Indian journal of veterinary science and animal husbandry - Volumes 26-27, 1956-1957
Year: 1956
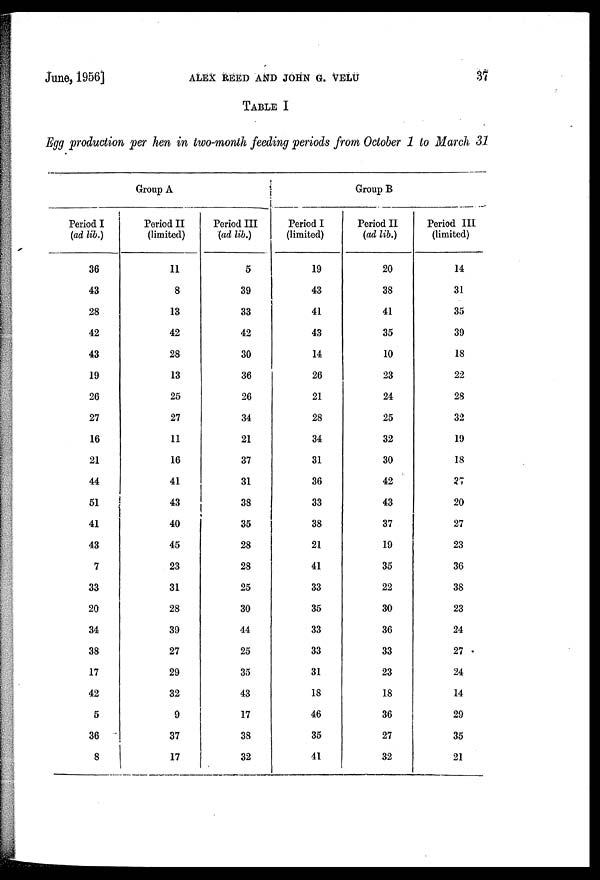
June, 1956]
ALEX
REED
AND
JOHN
G.
VELU
37
TABLE I
Egg production per hen in two-month feeding periods from October 1 to March 31
Group A
Period I
(ad lib.)
36
43
28
42
43
19
26
27
16
21
44
51
41
43
7
33
20
34
38
17
42
5
36
8
Period II
(limited)
11
8
13
42
28
13
25
27
11
16
41
43
40
45
23
31
28
39
27
29
32
9
37
17
Period III
(ad lib.)
5
39
33
42
30
36
26
34
21
37
31
38
35
28
28
25
30
44
25
35
43
17
38
32
Group B
Period I
(limited)
19
43
41
43
14
26
21
28
34
31
36
33
38
21
41
33
35
33
33
31
18
46
35
41
Period II
(ad lib.)
20
38
41
35
10
23
24
25
32
30
42
43
37
19
35
22
30
36
33
23
18
36
27
32
Period III
(limited)
14
31
35
39
18
22
28
32
19
18
27
20
27
23
36
38
23
24
27
24
14
29
35
21